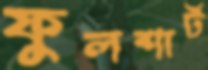
ফুলশার্ট